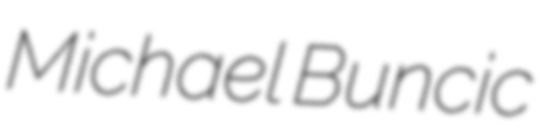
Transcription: Michael Buncic